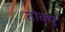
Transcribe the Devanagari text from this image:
तोक्यू